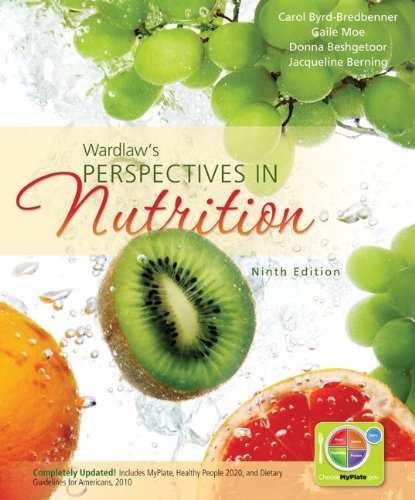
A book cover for Wardlaw's Perspectives in Nutrition; Carol Byrd-Bredbenner; Medical Books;